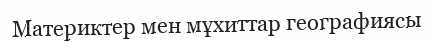
Материктер мен мұхиттар географиясы